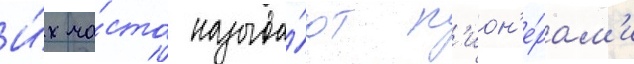
И́х ча́сто называ́ют п'ион'е́рам'и